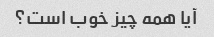
آیا همه چیز خوب است؟